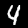
Digit: 4